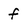
Character: f